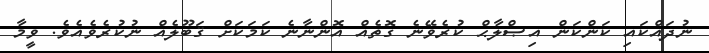
ނުދައްކައި ކަންކަން އިޞްލާޙް ކުރެވޭނެ ގޮތެއް އޮންނާނެ ކަމަކަށް ޤަބޫލެއް ނުކުރެވެއެވެ. ވީމާ